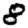
Digit: 8